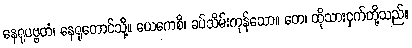
နေရုပဗ္ဗတံ၊ နေရုတောင်သို့။ ယေကေစိ၊ ခပ်သိမ်းကုန်သော။ တေ၊ ထိုသားငှက်တို့သည်။